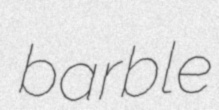
barble